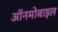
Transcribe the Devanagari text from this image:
ऑनमोबाइल